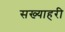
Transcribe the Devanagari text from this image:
सख्याहरी